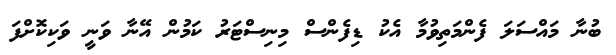
ބުނާ މައްސަލަ ފެންމަތިވުމާ އެކު ޑިފެންސް މިނިސްޓަރު ކަމުން އޭނާ ވަނީ ވަކިކޮށްފަ